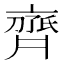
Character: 𬹱